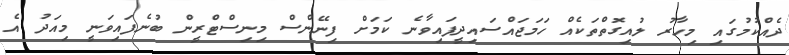
ދެއްކުމުގައި މިހާރު ލުއިގޮތްތަކެއް ހަމަޖައްސައިދީފައިވާނެ ކަމަށް ފިނޭންސް މިނިސްޓްރީން ބުނެފައިވަނީ މިއަދު އެ